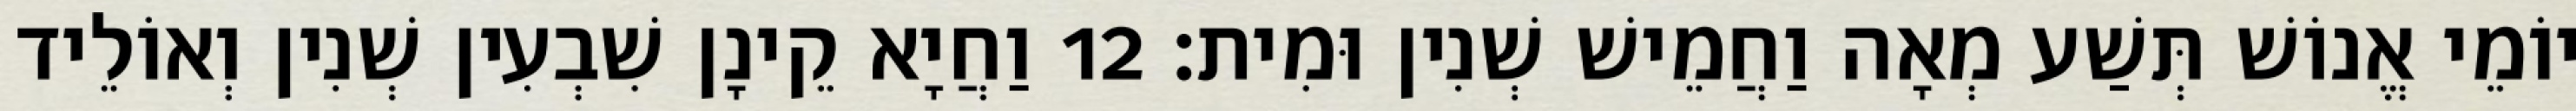
יוֹמֵי אֱנוֹשׁ תְּשַׁע מְאָה וַחֲמֵישׁ שְׁנִין וּמִית׃ 12 וַחֲיָא קֵינָן שִׁבְעִין שְׁנִין וְאוֹלֵיד